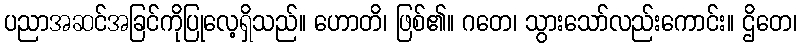
ပညာအဆင်အခြင်ကိုပြုလေ့ရှိသည်။ ဟောတိ၊ ဖြစ်၏။ ဂတေ၊ သွားသော်လည်းကောင်း။ ဌိတေ၊